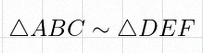
\triangle ABC\sim\triangle DEF